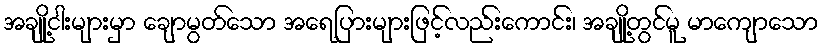
အချို့ငါးများမှာ ချောမွတ်သော အရေပြားများဖြင့်လည်းကောင်း၊ အချို့တွင်မူ မာကျောသော